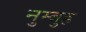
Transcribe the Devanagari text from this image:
नुम्बुह